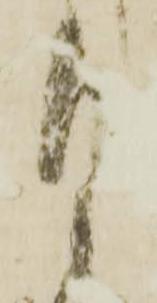
自